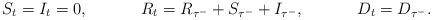
LaTeX: \begin{align*}&S_t = I_t = 0, & &R_t = R_{\tau^-} + S_{\tau^-} + I_{\tau^-}, & &D_t = D_{\tau^-}.\end{align*}